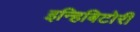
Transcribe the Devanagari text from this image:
इन्हिबिटोरी